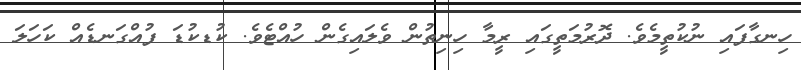
ހިނގާފައި ނުކުތީމެވެ. ދޮރުމަތީގައި ރީމާ ހިނިތުން ވެލައިގެން ހުއްޓެވެ. ކުޑކުޑަ ފުއްގަނޑެއް ކަހަލަ